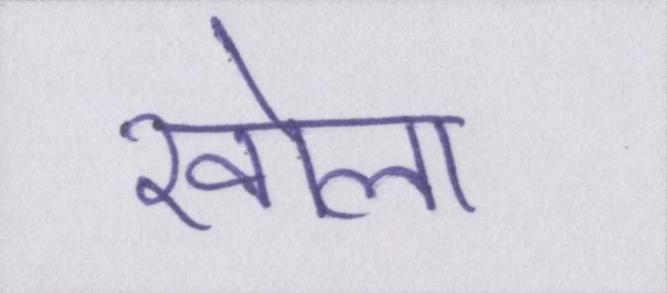
खोला